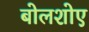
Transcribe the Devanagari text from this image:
बोलशोए